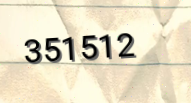
351512